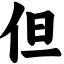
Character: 但